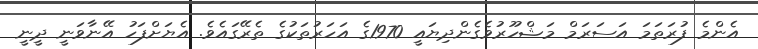
އެންމެ ފުރަތަމަ އަސަރަމް މަޝްހޫރުވެގެންދިޔައީ 1970ގެ އަހަރުތަކުގެ ތެރޭގައެވެ. އެޔަށްފަހު އޭނާވަނީ ދީނީ